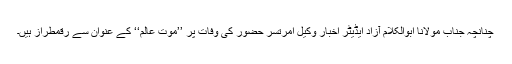
چنانچہ جناب مولانا ابوالکلام آزاد ایڈیٹر اخبار وکیل امرتسر حضور کی وفات پر ’’موت عالم‘‘ کے عنوان سے رقمطراز ہیں۔